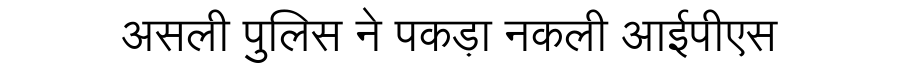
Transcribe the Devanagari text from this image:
असली पुलिस ने पकड़ा नकली आईपीएस